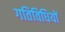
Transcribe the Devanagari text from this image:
गतिविधियों